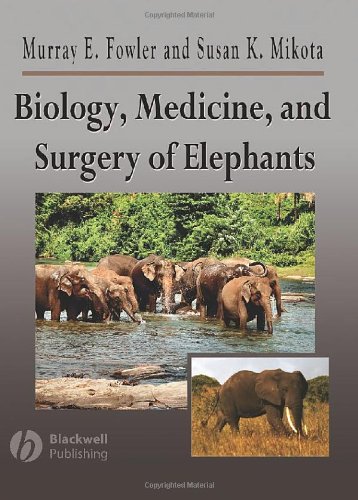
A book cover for Biology, Medicine, and Surgery of Elephants; Medical Books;